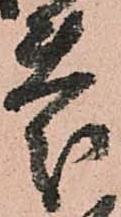
慶